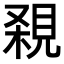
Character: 𧠸